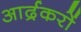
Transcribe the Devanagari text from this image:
आर्द्रकरों